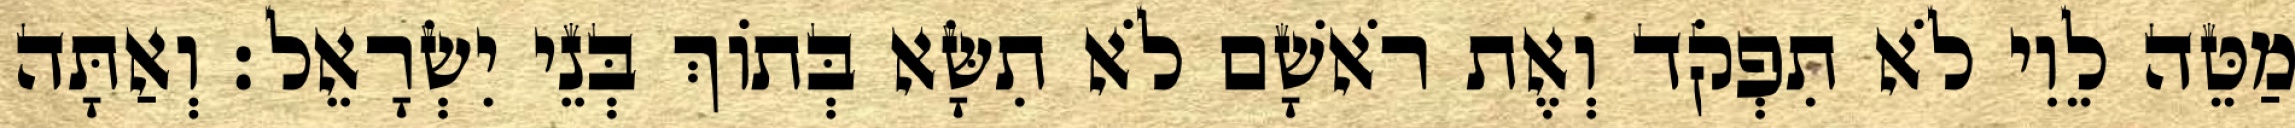
מַטֵּה לֵוִי לֹא תִפְקֹד וְאֶת רֹאשָׁם לֹא תִשָּׂא בְּתוֹךְ בְּנֵי יִשְׂרָאֵל׃ וְאַתָּה